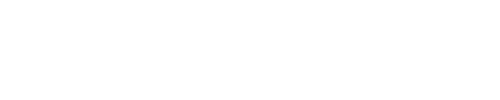
\nonumber